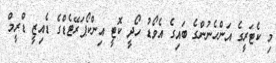
މި ކެޓަރީގެ އަންހެނުންގެ ބައިގެ އެވޯޑު ހޯދީ ކޮޓީ އިންކޯޕަރޭޓެޑްގެ ޑެއިޒީ ޑްރީމް